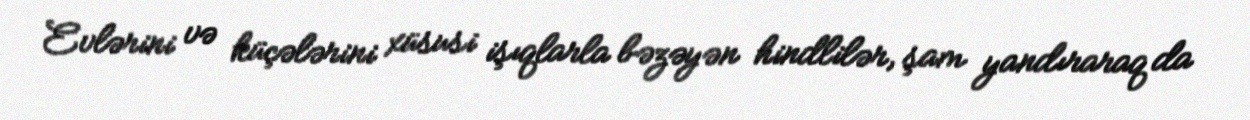
Evlərini və küçələrini xüsusi işıqlarla bəzəyən hindlilər, şam yandıraraq da